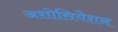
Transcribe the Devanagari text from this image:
अशोसियेशन